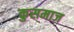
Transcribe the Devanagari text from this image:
कुसमाज